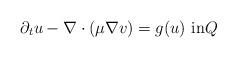
LaTeX: \begin{align*}\partial_t u-\nabla\cdot(\mu\nabla v)=g(u)\text{ in}Q \end{align*}